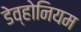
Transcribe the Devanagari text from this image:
डेव्होनियम